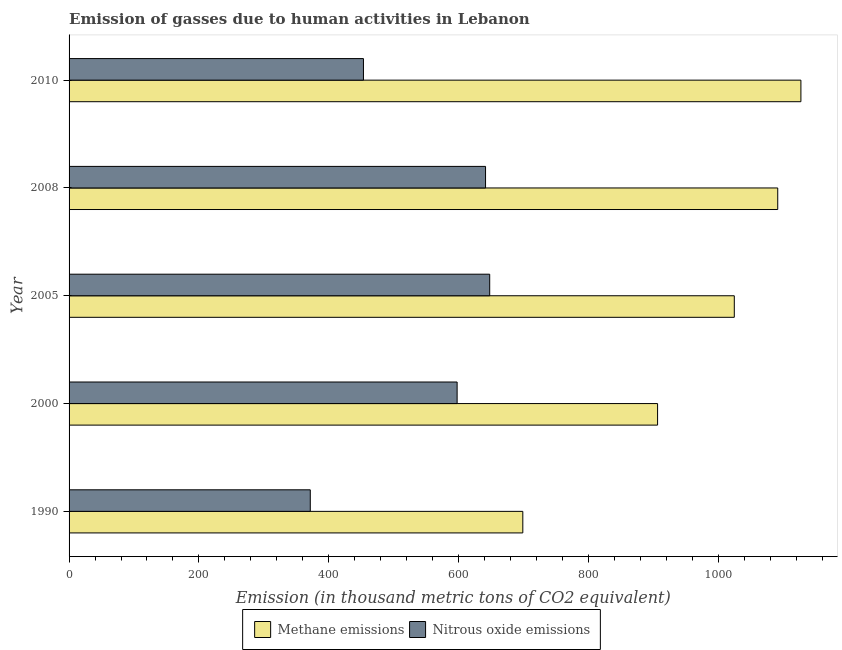
| Year | Methane emissions | Nitrous oxide emissions |
 | --- | --- | --- |
 | 1990 | 699 | 372 |
 | 2000 | 907 | 598 |
 | 2005 | 1.02e+03 | 648 |
 | 2008 | 1.09e+03 | 642 |
 | 2010 | 1.13e+03 | 454 |